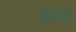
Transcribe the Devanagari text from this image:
नाडय़ा